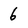
Character: 6